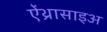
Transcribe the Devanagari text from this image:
ऐंथ्रासाइअ